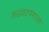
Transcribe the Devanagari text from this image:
कडवटपणाला